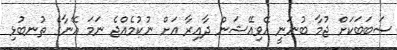
ސަބަބަކަށް ޖުމާ ބުނަނީ އޭވިއޭޝަން ދާއިރާ އަށް ނުކުމެއްޖެ ނަމަ އޭނާގެ ތުނބުޅި